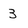
Character: 3